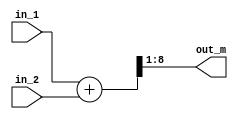
`timescale 1ns/1ps
module a_mean_b 
(
   input  wire [7:0] in_1
  ,input  wire [7:0] in_2
  ,output wire [7:0] out_m
);
wire [8:0] sum_tmp;

assign sum_tmp = {1'b0, in_1} + {1'b0, in_2};
assign out_m = sum_tmp[8:1];

endmodule